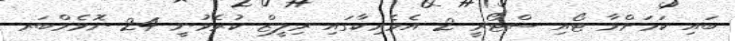
ބައި ކަމަށްވާ ޓޯއި ސްޓޯރީ 2 އެމެރިކާގައި ރިލީޒް ކުރެވުނީ 24 ނޮވެމްބަރ